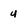
Character: u